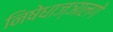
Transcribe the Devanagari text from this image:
निषेधाज्ञालगे